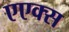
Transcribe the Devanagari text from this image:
एएक्स